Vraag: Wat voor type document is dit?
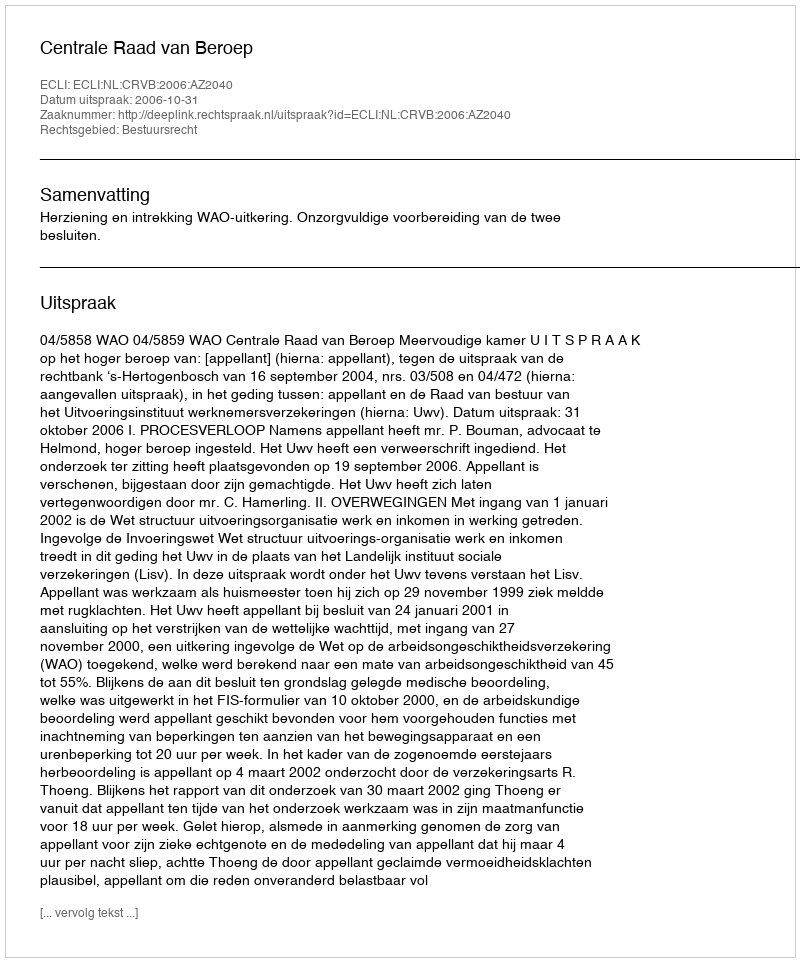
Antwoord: Uitspraak